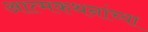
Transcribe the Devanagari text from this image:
आत्मकथनांच्या